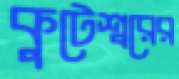
কুটেশ্বরের